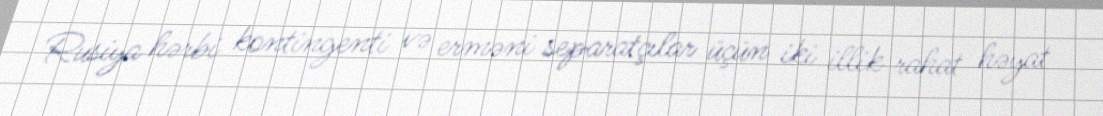
Rusiya hərbi kontingenti və erməni separatçılar üçün iki illik rahat həyat